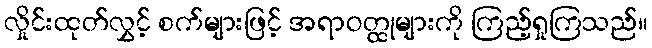
လှိုင်းထုတ်လွှင့် စက်များဖြင့် အရာဝတ္ထုများကို ကြည့်ရှုကြသည်။